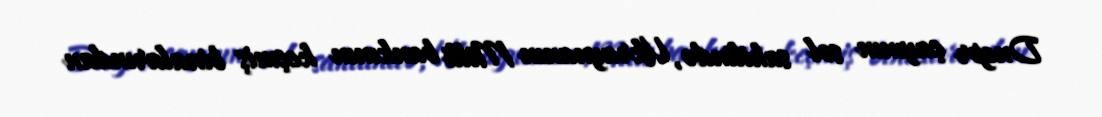
Dnepr çayının sol sahilində, Ukraynanın Milli bankının keçmiş binalarından